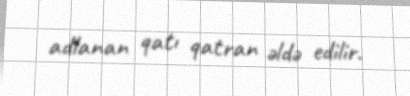
adlanan qatı qatran əldə edilir.